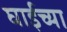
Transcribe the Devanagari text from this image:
घाईच्या